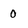
Character: 0